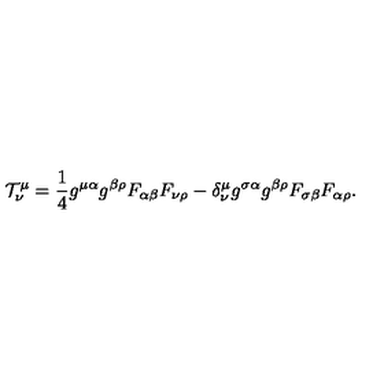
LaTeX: { \cal T } _ { \nu } ^ { \mu } = \frac { 1 } { 4 } g ^ { \mu \alpha } g ^ { \beta \rho } F _ { \alpha \beta } F _ { \nu \rho } - \delta _ { \nu } ^ { \mu } g ^ { \sigma \alpha } g ^ { \beta \rho } F _ { \sigma \beta } F _ { \alpha \rho } .